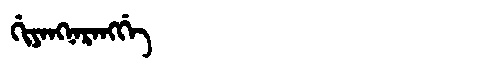
Manchu: ᡤᡳᠶᠠᠩᠨᠠᡵᠠᠩᡤᡝ
Romanization: GIYANGNARANGGE